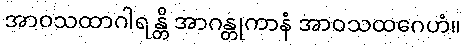
အာဝသထာဂါရန္တိ အာဂန္တုကာနံ အာဝသထဂေဟံ။